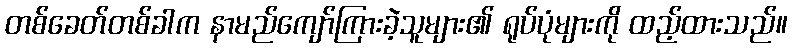
တစ်ခေတ်တစ်ခါက နာမည်ကျော်ကြားခဲ့သူများ၏ ရုပ်ပုံများကို ထည့်ထားသည်။